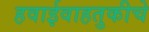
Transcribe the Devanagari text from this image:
हवाईवाहतुकीचे